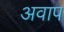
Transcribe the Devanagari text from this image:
अवाप